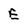
Character: E